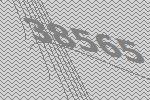
38565